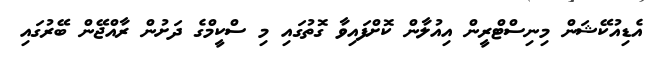
އެޑިއުކޭޝަން މިނިސްޓްރީން އިއުލާން ކޮށްފައިވާ ގޮތުގައި މި ސްކީމްގެ ދަށުން ރާއްޖޭން ބޭރުގައި